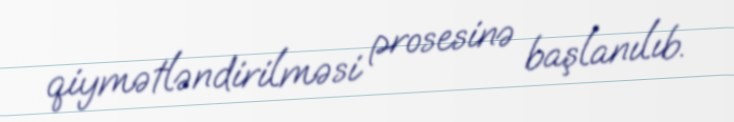
qiymətləndirilməsi prosesinə başlanılıb.